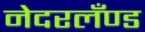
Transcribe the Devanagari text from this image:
नेदरलँण्ड